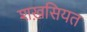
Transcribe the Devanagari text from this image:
शख़सियत